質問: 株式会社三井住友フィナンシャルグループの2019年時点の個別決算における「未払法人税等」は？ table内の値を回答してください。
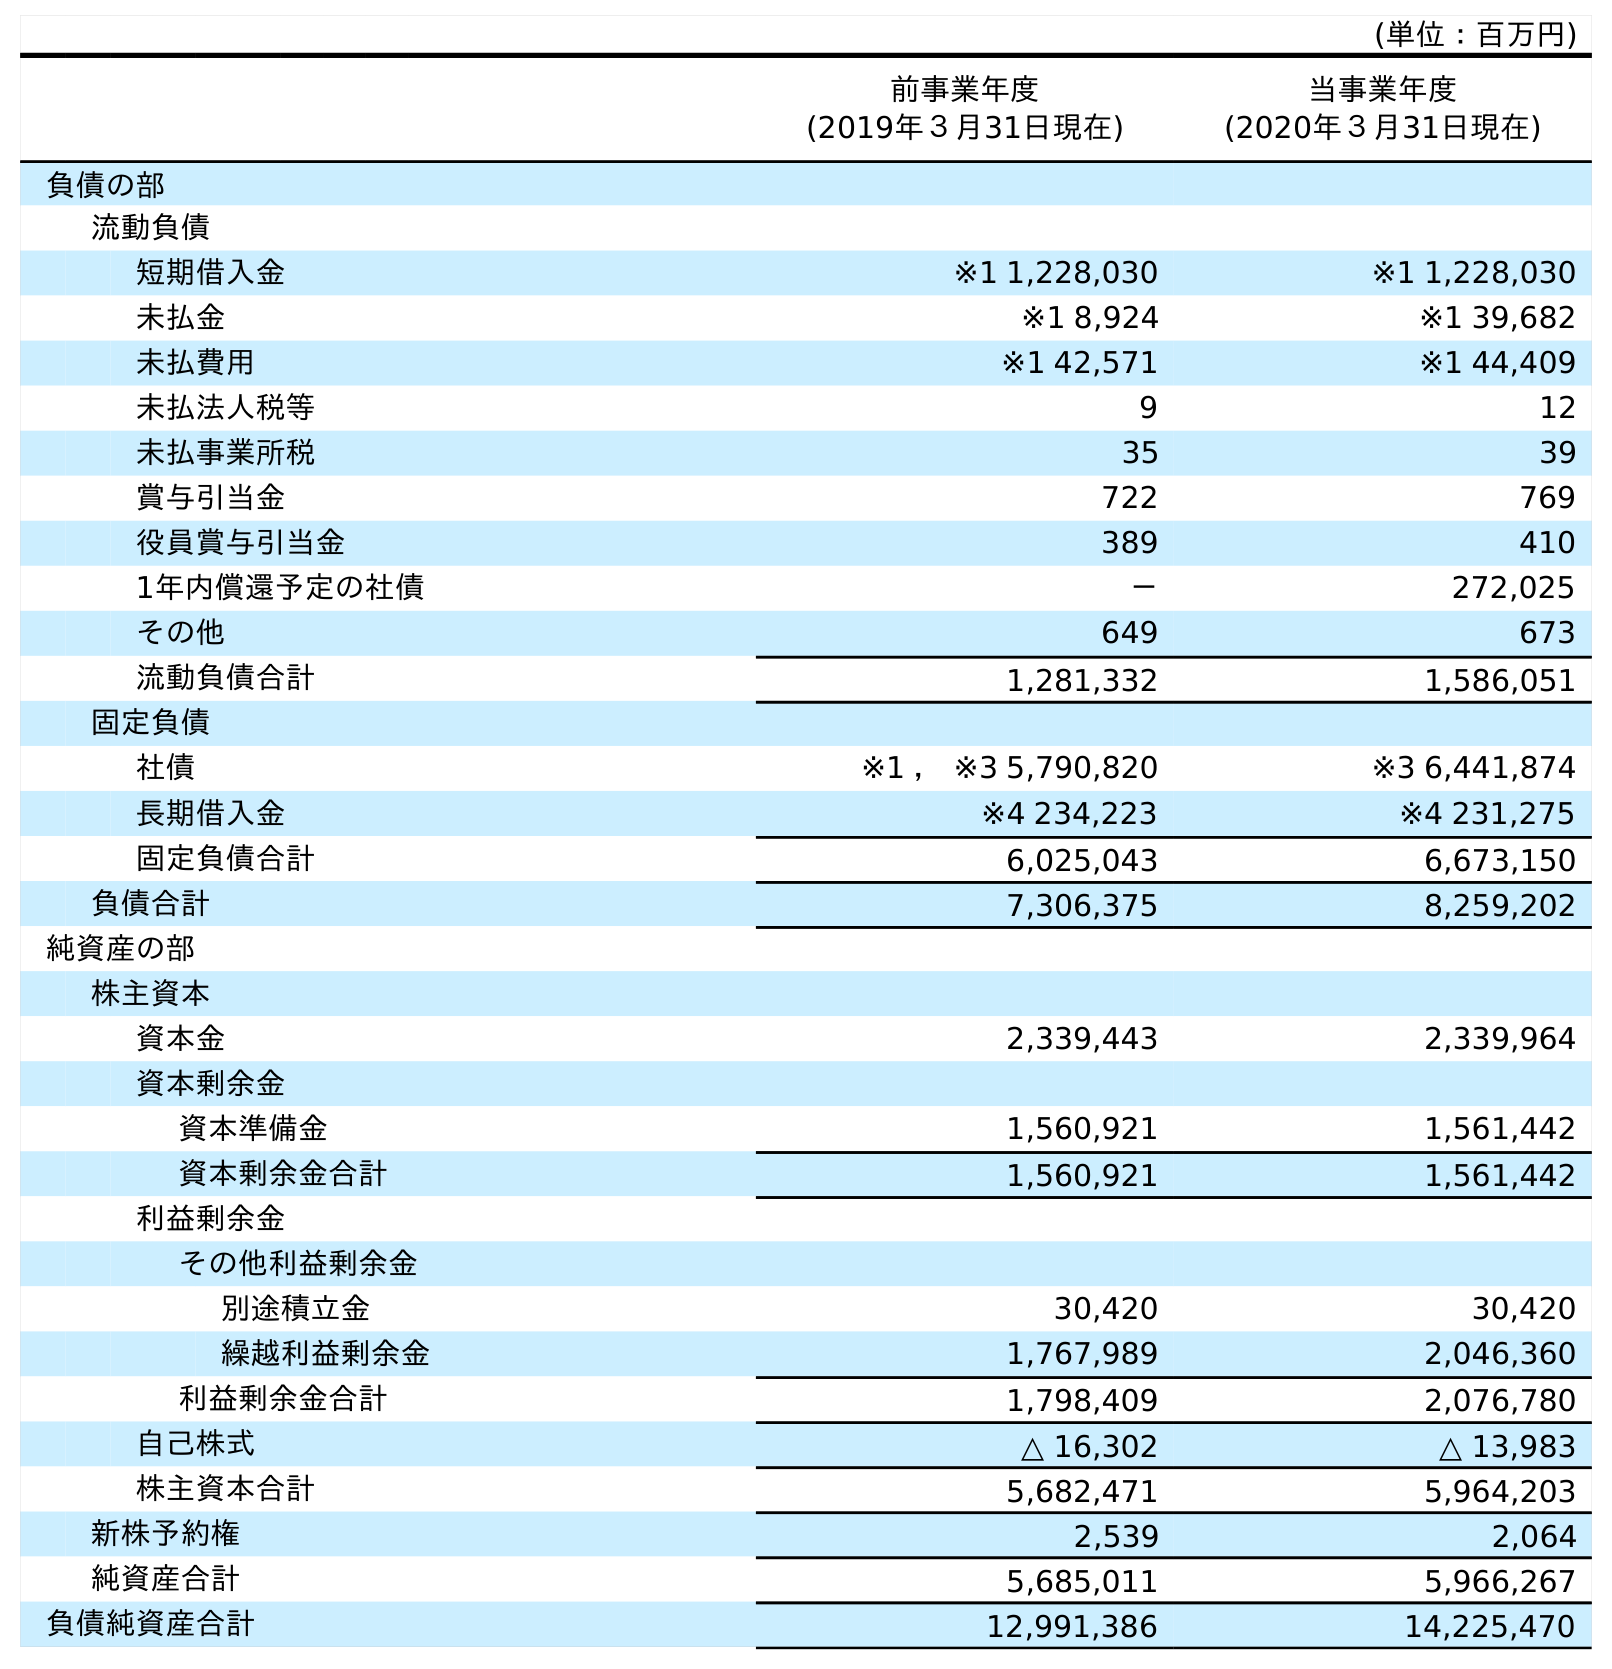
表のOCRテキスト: (単位：百万円) 前事業年度 (2019年３月31日現在) 当事業年度 (2020年３月31日現在) 負債の部 流動負債 短期借入金 ※1 1,228,030 ※1 1,228,030 未払金 ※1 8,924 ※1 39,682 未払費用 ※1 42,571 ※1 44,409 未払法人税等 9 12 未払事業所税 35 39 賞与引当金 722 769 役員賞与引当金 389 410 1年内償還予定の社債 － 272,025 その他 649 673 流動負債合計 1,281,332 1,586,051 固定負債 社債 ※1 ， ※3 5,790,820 ※3 6,441,874 長期借入金 ※4 234,223 ※4 231,275 固定負債合計 6,025,043 6,673,150 負債合計 7,306,375 8,259,202 純資産の部 株主資本 資本金 2,339,443 2,339,964 資本剰余金 資本準備金 1,560,921 1,561,442 資本剰余金合計 1,560,921 1,561,442 利益剰余金 その他利益剰余金 別途積立金 30,420 30,420 繰越利益剰余金 1,767,989 2,046,360 利益剰余金合計 1,798,409 2,076,780 自己株式 △ 16,302 △ 13,983 株主資本合計 5,682,471 5,964,203 新株予約権 2,539 2,064 純資産合計 5,685,011 5,966,267 負債純資産合計 12,991,386 14,225,470
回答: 9